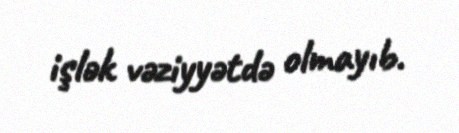
işlək vəziyyətdə olmayıb.